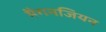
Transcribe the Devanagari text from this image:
मैगनजियन